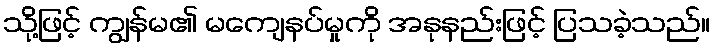
သို့ဖြင့် ကျွန်မ၏ မကျေနပ်မှုကို အနုနည်းဖြင့် ပြသခဲ့သည်။